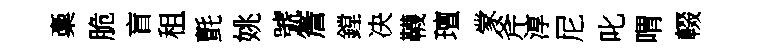
稾脆盲租氈姚號簷鏜决韈璮䝉斧淳尼叱喟輟